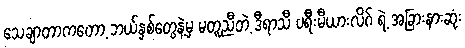
သေချာတာကတော့ ဘယ်နှစ်တွေနဲ့မှ မတူညီတဲ့ ဒီရာသီ ပရီးမီယားလိဂ် ရဲ့ အခြားနားဆုံး